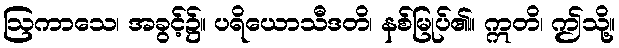
ဩကာသေ၊ အခွင့်၌။ ပရိယောသီဒတိ၊ နစ်မြုပ်၏။ ဣတိ၊ ဤသို့။